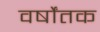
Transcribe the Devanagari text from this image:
वर्षोंतक